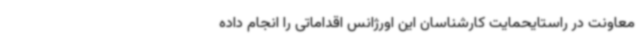
معاونت در راستایحمایت کارشناسان این اورژانس اقداماتی را انجام داده